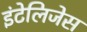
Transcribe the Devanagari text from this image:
इंटेलिजेस